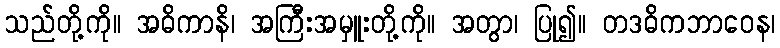
သည်တို့ကို။ အဓိကာနိ၊ အကြီးအမှူးတို့ကို။ အတွာ၊ ပြု၍။ တဒဓိကဘာဝေန၊